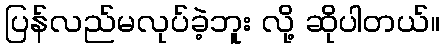
ပြန်လည်မလုပ်ခဲ့ဘူး လို့ ဆိုပါတယ်။